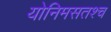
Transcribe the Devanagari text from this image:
योनिमसतश्च